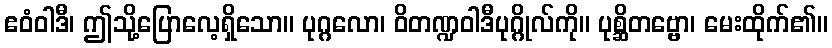
ဧဝံဝါဒီ၊ ဤသို့ပြောလေ့ရှိသော။ ပုဂ္ဂလော၊ ဝိတဏ္ဍဝါဒီပုဂ္ဂိုလ်ကို။ ပုစ္ဆိတဗ္ဗော၊ မေးထိုက်၏။